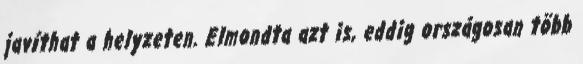
javíthat a helyzeten. Elmondta azt is, eddig országosan több